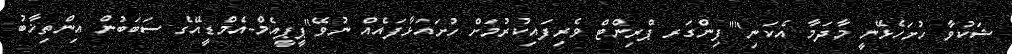
ޝަކުވާ ހުށަހެޅޭނީ މާދަމާ އެކަނި""ފިންގަރ ޕްރިންޓް ވެރިފައިކުރުމަށް ހުށައަޅާފައެއް ނުވޭ"ޕީޕީއެމް-އެމްޑީއޭގެ ސަބަބުން އިންތިޚާބު